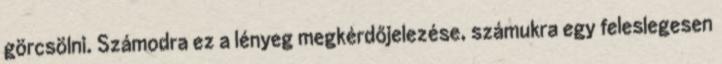
görcsölni. Számodra ez a lényeg megkérdőjelezése, számukra egy feleslegesen